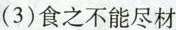
(3)食之不能尽材